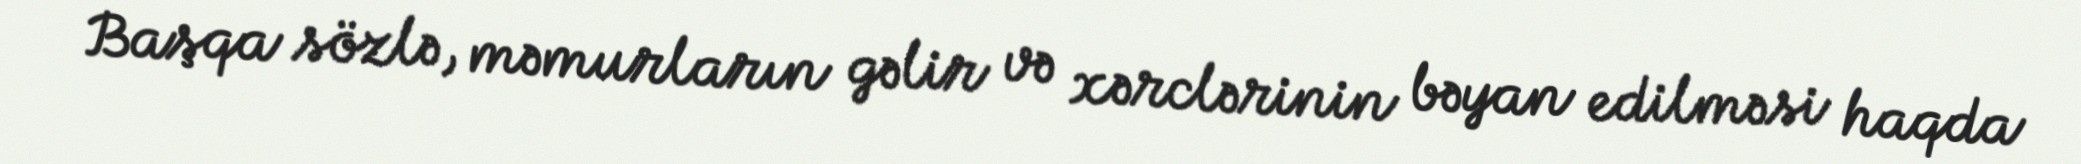
Başqa sözlə, məmurların gəlir və xərclərinin bəyan edilməsi haqda